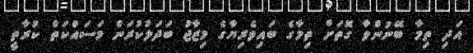
އަދި ތިމާ ބޭނުންވާ ގޮތަށް ތިމާގެ ބައިވެރިޔާގެ މިޒާޖު ބަދަލުކުރަން މަސައްކަތް ކުރާތީ